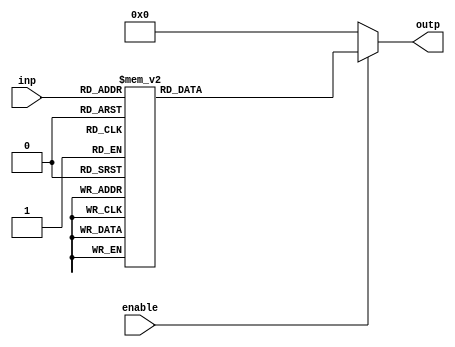
module decoder3to8(outp,inp,enable);
input [2:0]inp;
input enable;
output reg [7:0]outp;

// assign outp[inp] = enable;


always @(inp,enable)  
	begin  
		if(enable == 1'b1)
		begin
			case (inp)  
				3'b000 : outp <= 8'b00000001;  
				3'b001 : outp <= 8'b00000010;  
				3'b010 : outp <= 8'b00000100;   
				3'b011 : outp <= 8'b00001000;    
				3'b100 : outp <= 8'b00010000;    
				3'b101 : outp <= 8'b00100000;    
				3'b110 : outp <= 8'b01000000;   
				3'b111 : outp <= 8'b10000000;    
				
		 endcase  
		end
		
		else
			outp <= 8'b0;
  end  
endmodule